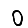
Digit: 0